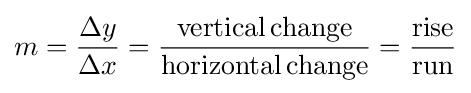
m={\frac {\Delta y}{\Delta x}}={\frac {{\text{vertical}}\,{\text{change}}}{{\text{horizontal}}\,{\text{change}}}}={\frac {\text{rise}}{\text{run}}}